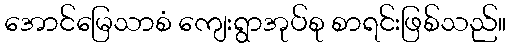
အောင်မြေသာစံ ကျေးရွာအုပ်စု စာရင်းဖြစ်သည်။